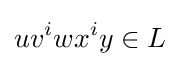
uv^{i}wx^{i}y\in L